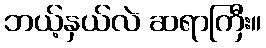
ဘယ့်နှယ်လဲ ဆရာကြီး။